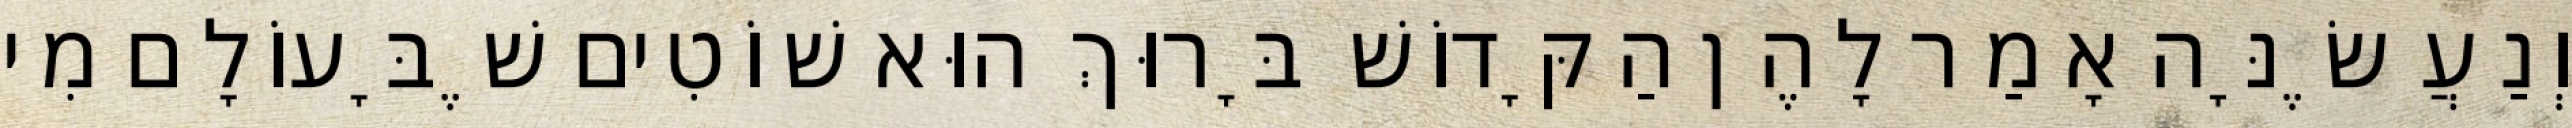
וְנַעֲשֶׂנָּה אָמַר לָהֶן הַקָּדוֹשׁ בָּרוּךְ הוּא שׁוֹטִים שֶׁבָּעוֹלָם מִי